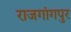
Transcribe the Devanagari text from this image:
राजगांगपुर